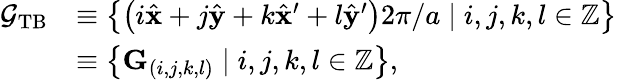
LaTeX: \begin{array}{rl}{\mathcal{G}_{\mathrm{TB}}}&{\equiv\left\{ \left(i\hat{\mathbf{x}}+j\hat{\mathbf{y}}+k\hat{\mathbf{x}}^{\prime}+l\hat{\mathbf{y}}^{\prime}\right)2\pi/a\mid i,j,k,l\in\mathbb{Z}\right\} }\\ &{\equiv\left\{ \mathbf{G}_{(i,j,k,l)}\mid i,j,k,l\in\mathbb{Z}\right\} ,}\end{array}